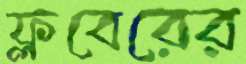
ফ্লবেরের